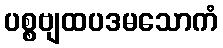
ပစ္စဗျထပဒမသောကံ